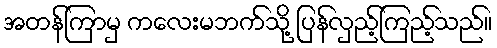
အတန်ကြာမှ ကလေးမဘက်သို့ ပြန်လှည့်ကြည့်သည်။